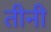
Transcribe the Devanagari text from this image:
तीनी